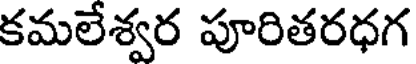
కమలేశ్వర పూరితరధగ